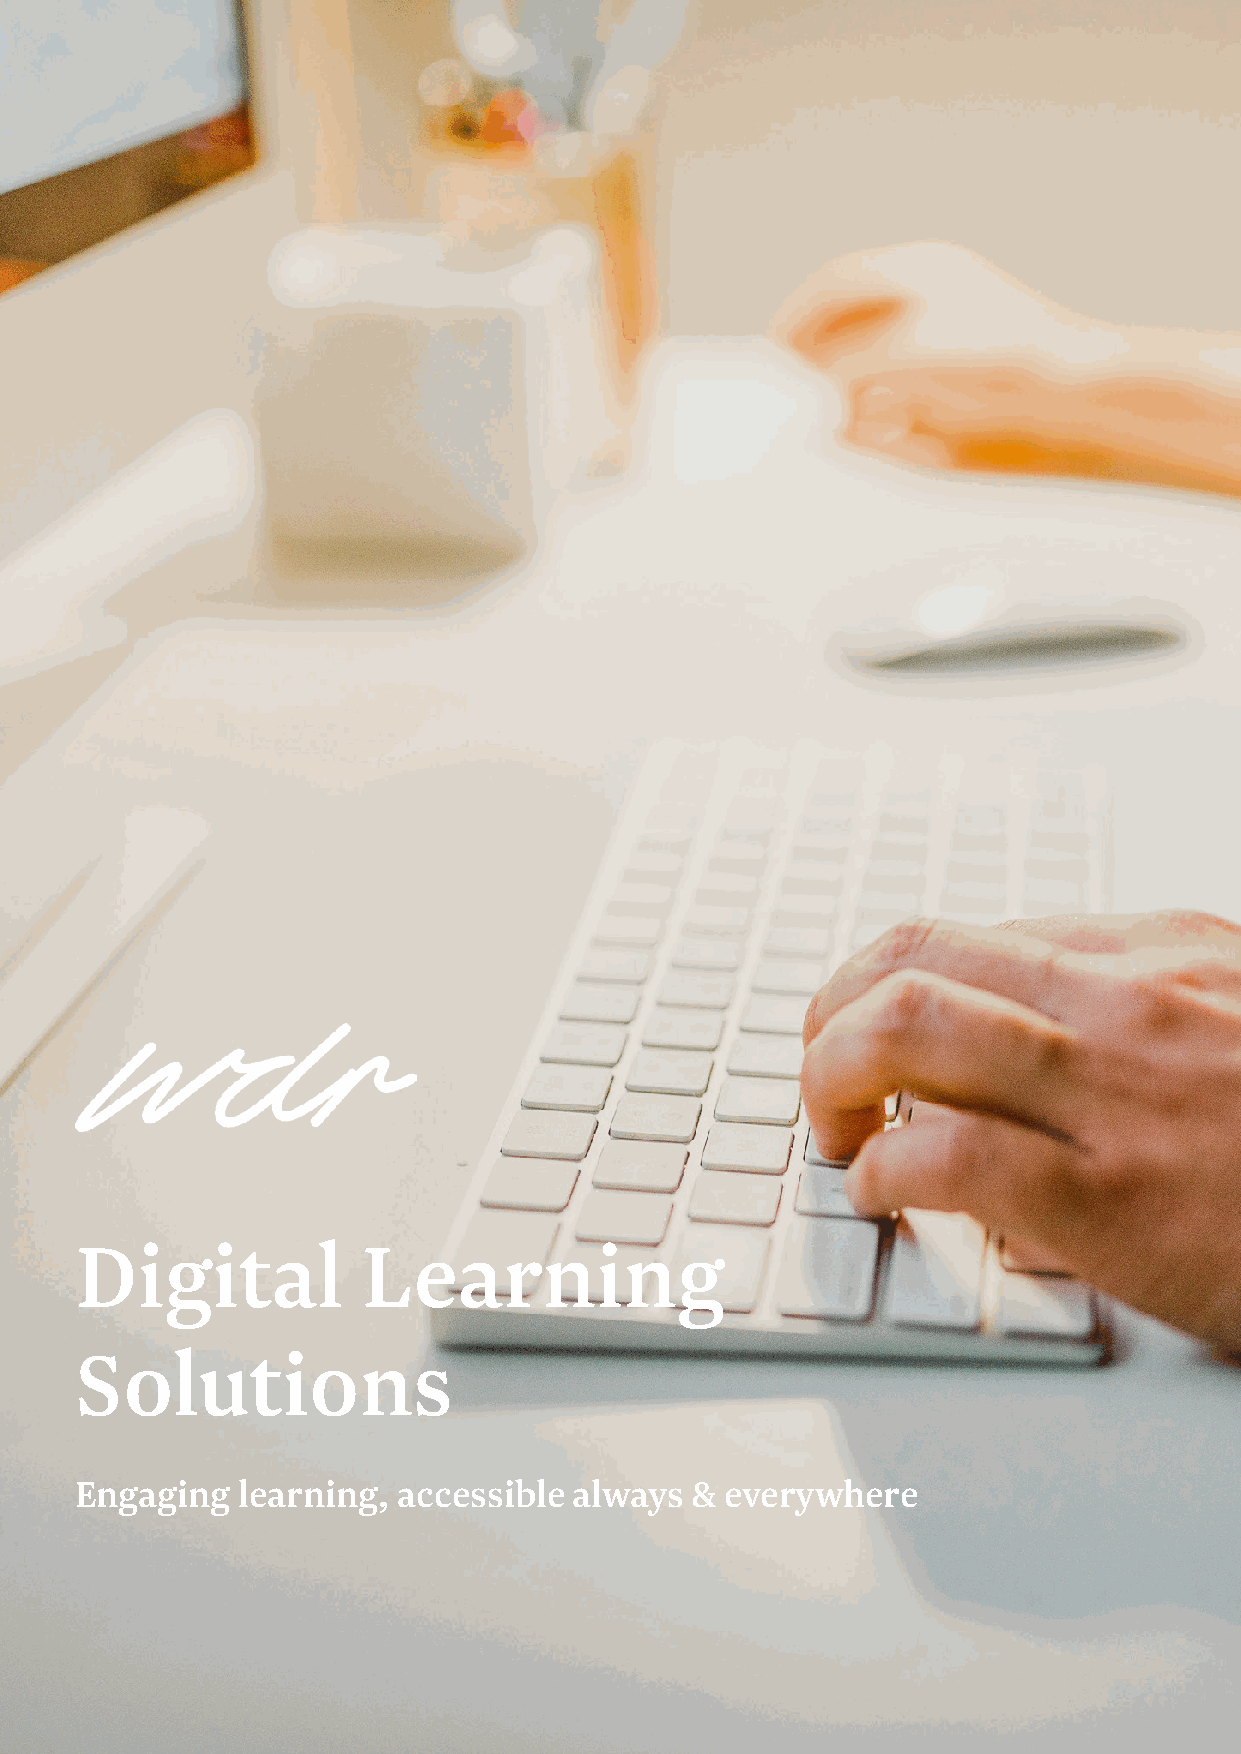
Digital            Learning
 Solutions
 Engaging   learning, accessible  always  & everywhere